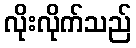
လိုးလိုက်သည်